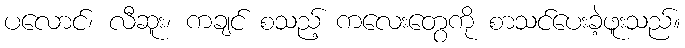
ပလောင်၊ လီဆူး၊ ကချင် စသည့် ကလေးတွေကို စာသင်ပေးခဲ့ဖူးသည်။